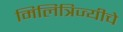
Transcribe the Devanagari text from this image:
मिलित्रिज्यीचे